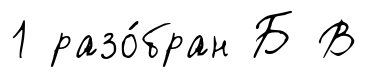
1 разо́бран Б В